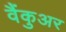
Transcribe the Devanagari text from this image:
वैंकुअर